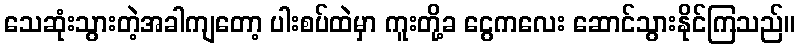
သေဆုံးသွားတဲ့အခါကျတော့ ပါးစပ်ထဲမှာ ကူးတို့ခ ငွေကလေး ဆောင်သွားနိုင်ကြသည်။